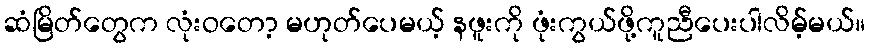
ဆံမြိတ်တွေက လုံးဝတော့ မဟုတ်ပေမယ့် နဖူးကို ဖုံးကွယ်ဖို့ကူညီပေးပါလိမ့်မယ်။